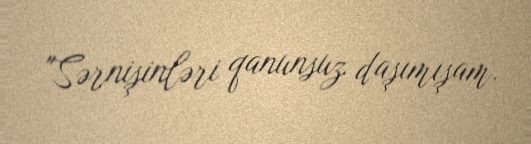
"Sərnişinləri qanunsuz daşımışam.